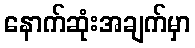
နောက်ဆုံးအချက်မှာ